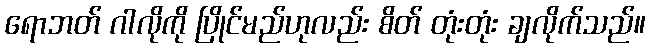
ရောဘတ် ဂါလိုကို ပြိုင်မည်ဟုလည်း စိတ် တုံးတုံး ချလိုက်သည်။